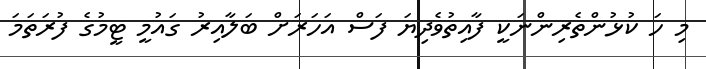
މި ހަ ކުޅުންތެރިންނަކީ ފާއިތުވެދިޔަ ފަސް އަހަރަށް ބަލާއިރު ގައުމީ ޓީމުގެ ފުރަތަމަ